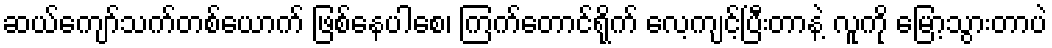
ဆယ်ကျော်သက်တစ်ယောက် ဖြစ်နေပါစေ၊ ကြက်တောင်ရိုက် လေ့ကျင့်ပြီးတာနဲ့ လူကို မြော့သွားတာပဲ